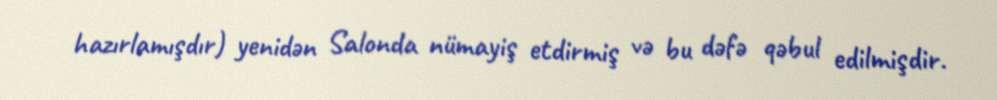
hazırlamışdır) yenidən Salonda nümayiş etdirmiş və bu dəfə qəbul edilmişdir.